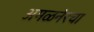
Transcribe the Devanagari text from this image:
अमळनेरचा